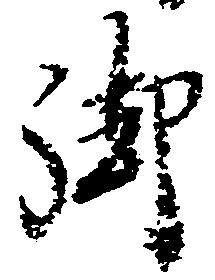
御